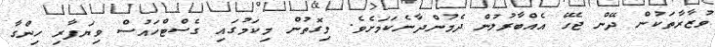
ވުޒާރާތަކުން ދޭން ޖެހޭ އެއްބާރުލުން ދެމުންދާނެކަމަށެވެ. މިގޮތުން މިކަމުގައި ގެސްޓްހައުސް ވިޔަފާރި ހިންގާ